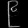
Digit: ၉